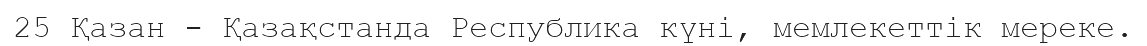
25 Қазан - Қазақстанда Республика күні, мемлекеттік мереке.